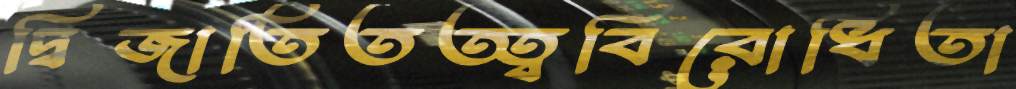
দ্বিজাতিতত্ত্ববিরোধিতা